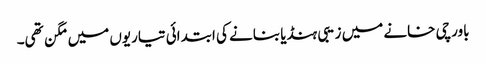
باورچی خانے میں زیبی ہنڈیا بنانے کی ابتدائی تیاریوں میں مگن تھی۔